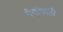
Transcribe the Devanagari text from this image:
पेयांसाठी